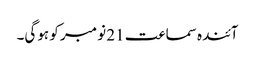
آئندہ سماعت 21 نومبر کو ہوگی۔